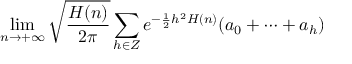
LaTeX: \operatorname* { l i m } _ { n \rightarrow + \infty } { \sqrt { \frac { H ( n ) } { 2 \pi } } } \sum _ { h \in Z } e ^ { - { \frac { 1 } { 2 } } h ^ { 2 } H ( n ) } ( a _ { 0 } + \cdots + a _ { h } )